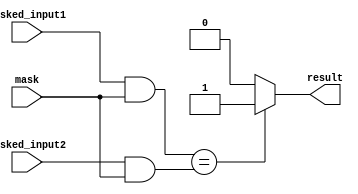
module masked_comparator (
    input [7:0] masked_input1,
    input [7:0] masked_input2,
    input [7:0] mask,
    output reg result
);

always @(*) begin
    if ((masked_input1 & mask) == (masked_input2 & mask)) begin
        result = 1;
    end else begin
        result = 0;
    end
end

endmodule